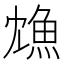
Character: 𩵫